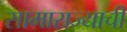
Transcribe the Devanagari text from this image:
सामाराज्याची